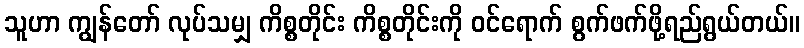
သူဟာ ကျွန်တော် လုပ်သမျှ ကိစ္စတိုင်း ကိစ္စတိုင်းကို ဝင်ရောက် စွက်ဖက်ဖို့ရည်ရွယ်တယ်။